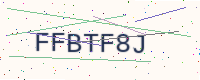
Text: FFBTF8J